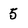
Character: 5